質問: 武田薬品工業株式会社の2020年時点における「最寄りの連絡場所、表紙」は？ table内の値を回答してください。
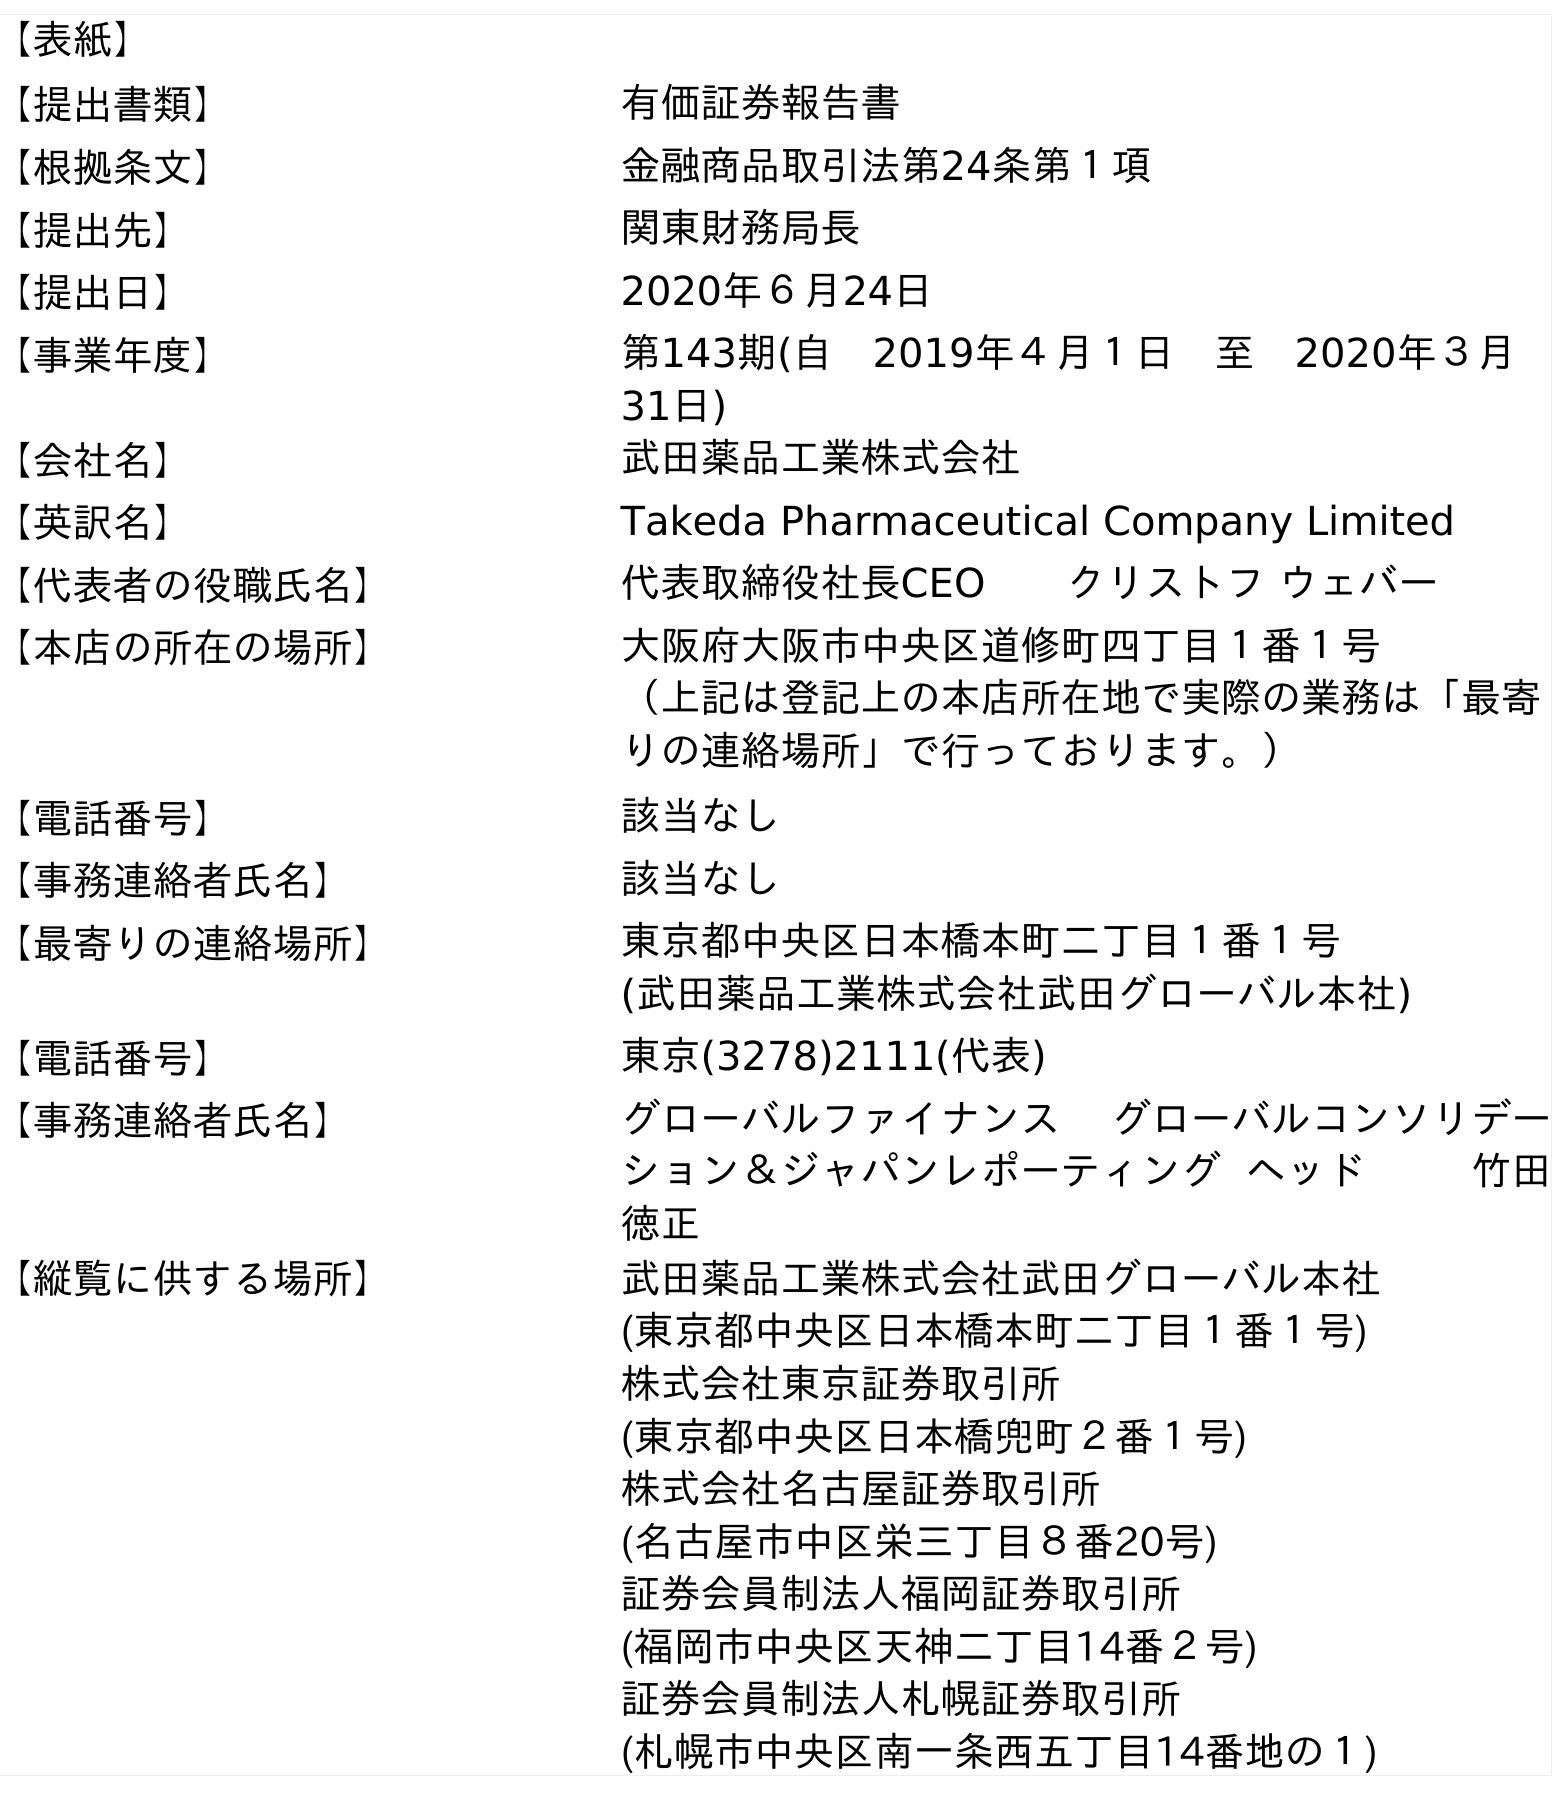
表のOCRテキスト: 【表紙】 【提出書類】 有価証券報告書 【根拠条文】 金融商品取引法第24条第１項 【提出先】 関東財務局長 【提出日】 2020年６月24日 【事業年度】 第143期(自 2019年４月１日 至 2020年３月 31日) 【会社名】 武田薬品工業株式会社 【英訳名】 Takeda Pharmaceutical Company Limited 【代表者の役職氏名】 代表取締役社長CEO  クリストフ ウェバー 【本店の所在の場所】 大阪府大阪市中央区道修町四丁目１番１号 （上記は登記上の本店所在地で実際の業務は「最寄 りの連絡場所」で行っております。） 【電話番号】 該当なし 【事務連絡者氏名】 該当なし 【最寄りの連絡場所】 東京都中央区日本橋本町二丁目１番１号 (武田薬品工業株式会社武田グローバル本社) 【電話番号】 東京(3278)2111(代表) 【事務連絡者氏名】 グローバルファイナンス グローバルコンソリデー ション＆ジャパンレポーティング ヘッド    竹田 徳正 【縦覧に供する場所】 武田薬品工業株式会社武田グローバル本社 (東京都中央区日本橋本町二丁目１番１号) 株式会社東京証券取引所 (東京都中央区日本橋兜町２番１号) 株式会社名古屋証券取引所 (名古屋市中区栄三丁目８番20号) 証券会員制法人福岡証券取引所 (福岡市中央区天神二丁目14番２号) 証券会員制法人札幌証券取引所 (札幌市中央区南一条西五丁目14番地の１)
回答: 東京都中央区日本橋本町二丁目１番１号(武田薬品工業株式会社武田グローバル本社)